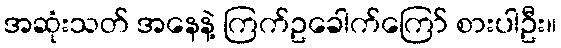
အဆုံးသတ် အနေနဲ့ ကြက်ဥခေါက်ကြော် စားပါဦး။